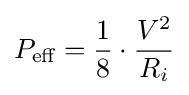
P_{\text{eff}}={\frac {1}{8}}\cdot {\frac {V^{2}}{R_{i}}}